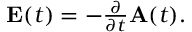
\begin{array} { r } { { \bf E } ( t ) = - \frac { \partial } { \partial t } { \bf A } ( t ) . } \end{array}